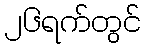
၂၆ရက်တွင်